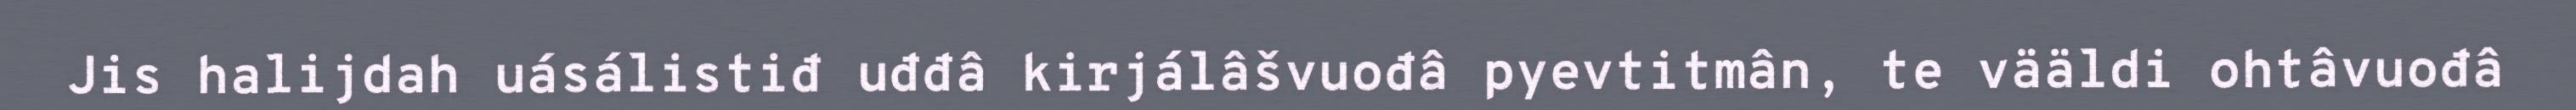
Jis halijdah uásálistiđ uđđâ kirjálâšvuođâ pyevtitmân, te vääldi ohtâvuođâ